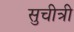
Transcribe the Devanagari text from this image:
सुचीत्री